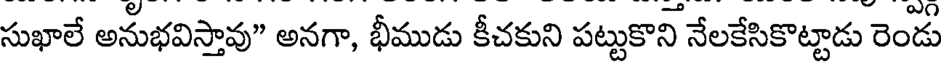
సుఖాలే అనుభవిస్తావు" అనగా, భీముడు కీచకుని పట్టుకొని నేలకేసికొట్టాడు రెండు